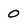
Character: 0